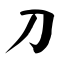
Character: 刀